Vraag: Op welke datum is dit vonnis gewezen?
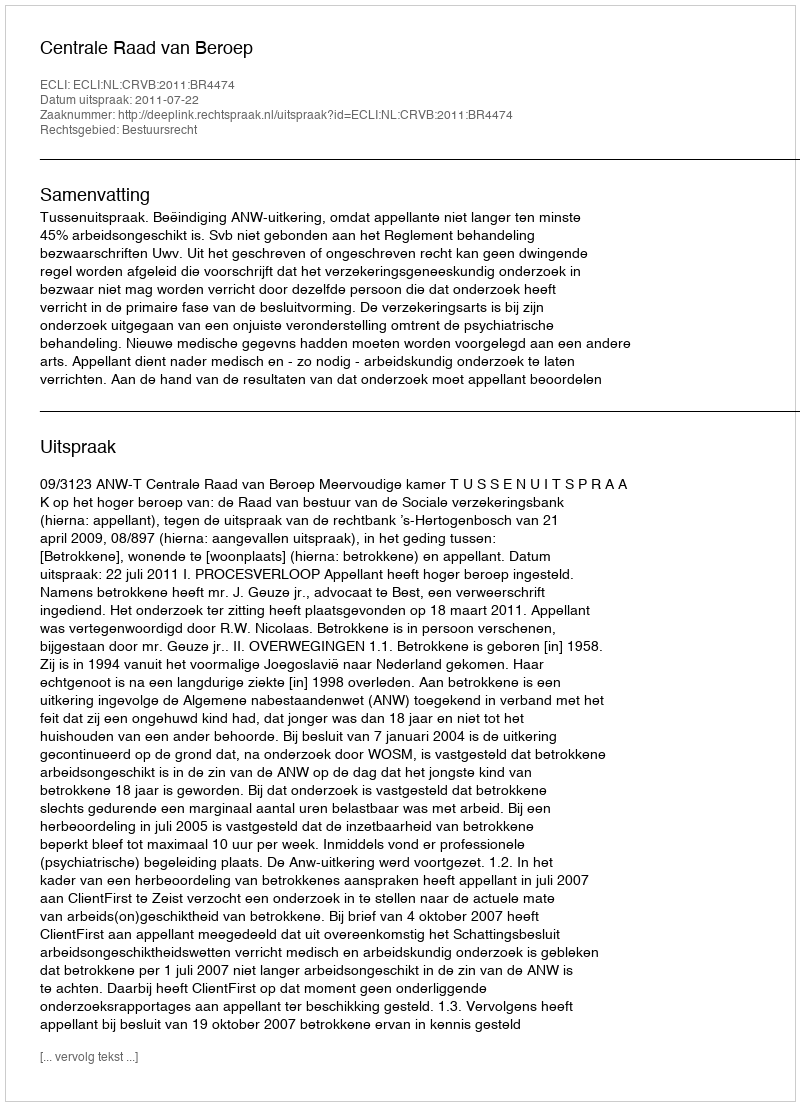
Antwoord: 2011-07-22